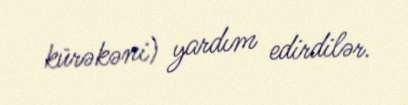
kürəkəni) yardım edirdilər.